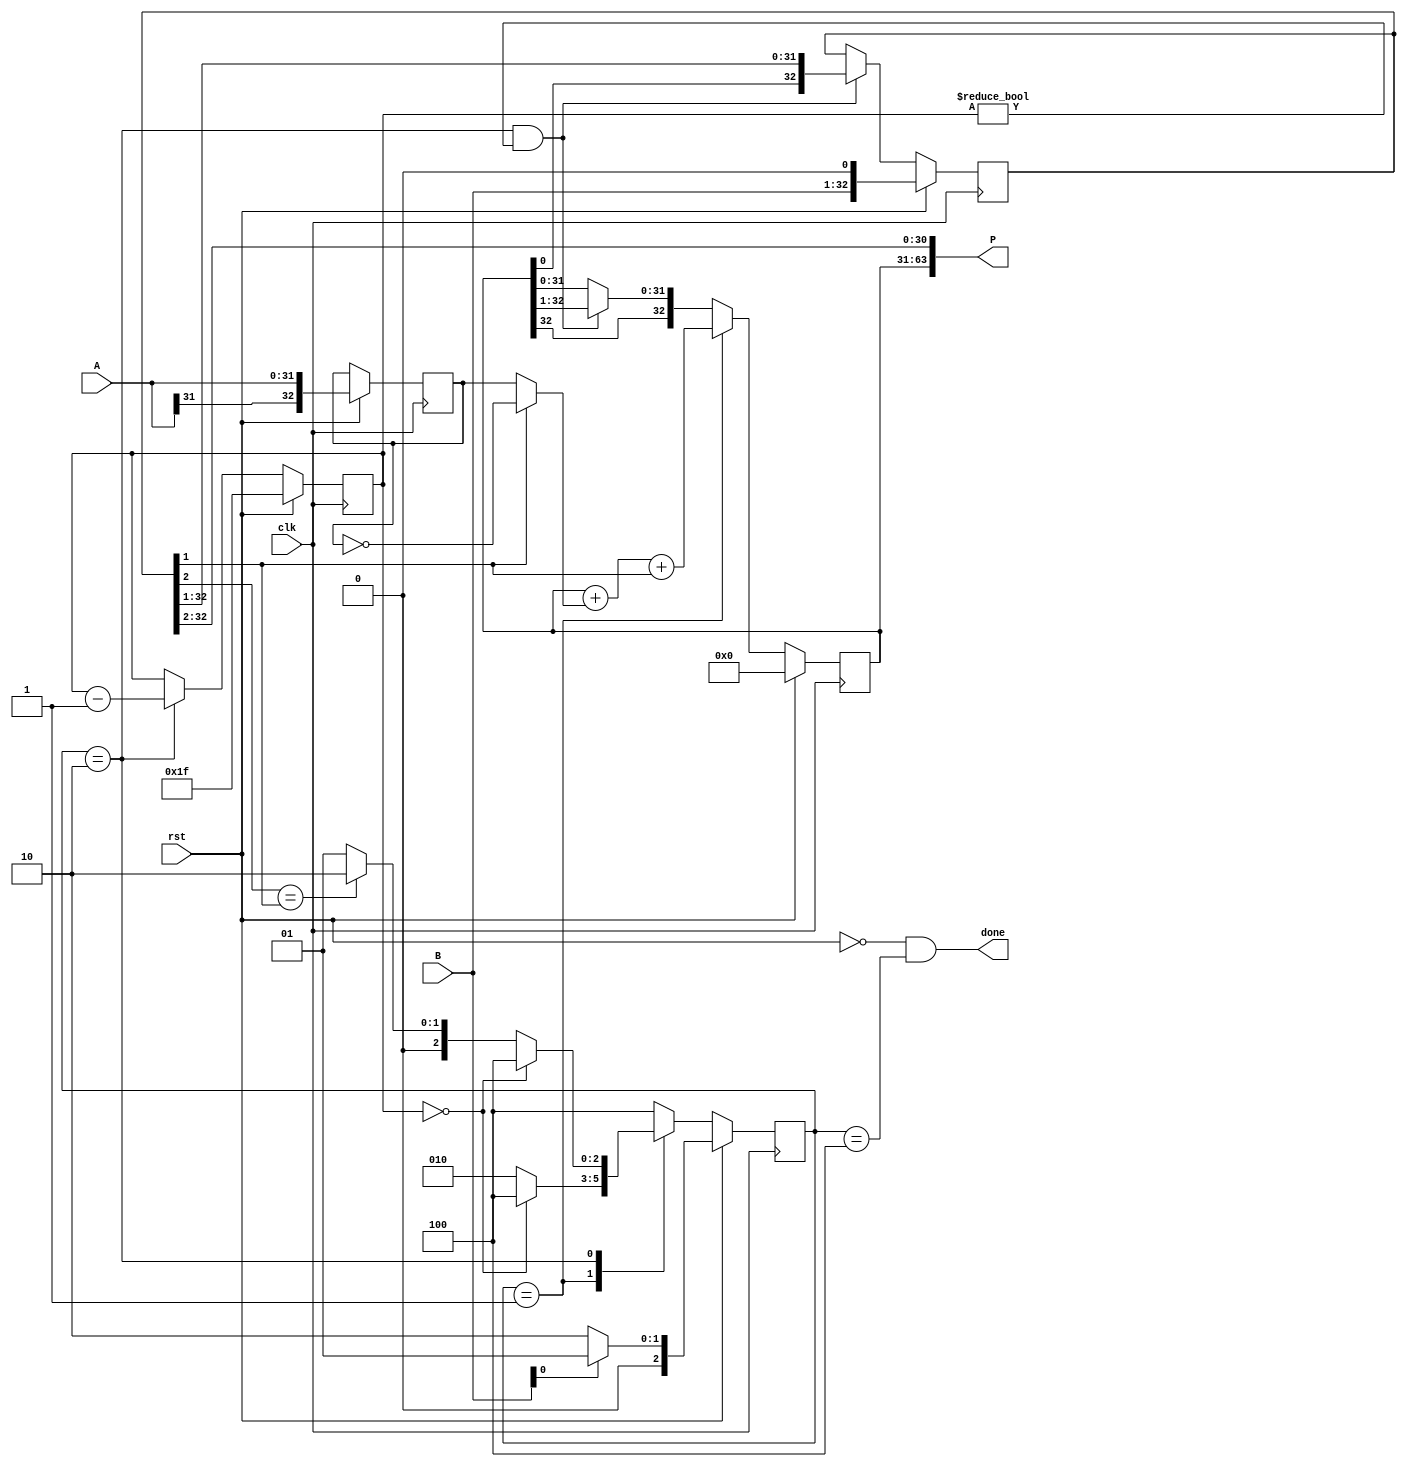
/* Data with, not including signal bit */
`define DATA_WIDTH 31

module multiplier(
	input [`DATA_WIDTH:0] A,
	input [`DATA_WIDTH:0] B,
	output [2 * `DATA_WIDTH + 1:0] P,
	input clk,
	input rst,
	output done
);

	localparam s_ADD = 3'b001,
		s_SFT = 3'b010,
		s_DNE = 3'b100;

	localparam DW = 5'd31,   /* `DATA_WIDTH */
		ZEROy = 5'd0,
		ZEROd = 33'd0;
	reg [4:0] ymr;
	/* counter */

	reg [`DATA_WIDTH + 1:0] ACC, AX, Q;
	/*  ACC:	accumulator;
		AX:	  multiplier A;
		Q:	  multiplier B and result. */

	reg [2:0] current_state, next_state;

	/* FSM: current state */
	always @ (posedge clk) begin
		if (rst)
			if (B[0] == 1'b0)
				current_state <= s_SFT;
			else
				current_state <= s_ADD;
		else
			current_state <= next_state;
	end

	/* FSM: next state */
	always @ (*) begin
		case (current_state)
		s_ADD:
			if (ymr == ZEROy)
				next_state = s_DNE;
			else
				next_state = s_SFT;
		s_SFT:
			if (ymr == ZEROy)
				next_state = s_DNE;
			else if (Q[2] == Q[1])
				next_state = s_SFT;
			else	/* do + or - */
				next_state = s_ADD;
		default:	/* s_DNE */
			next_state = s_DNE;
		endcase
	end

	/* FSM: output */
	/* ymr */
	always @ (posedge clk) begin
		if (rst)
			ymr <= DW;
		else if (current_state == s_SFT) // && ymr == ZEROy
			ymr <= ymr - 1;
	end
	/* AX */
	always @ (posedge clk) begin
		if (rst)
			/* two signal bits */
			AX <= { A[`DATA_WIDTH],A };
	end
	/* ACC */
	always @ (posedge clk) begin
		if (rst)
			ACC <= ZEROd;
		else if (current_state == s_ADD)
			ACC <= ACC + (Q[1] ? ~AX : AX) + Q[1];
		else if (current_state == s_SFT && ymr != ZEROy)
			ACC <= { ACC[`DATA_WIDTH + 1],ACC[`DATA_WIDTH + 1:1] };
	end
	/* Q */
	always @ (posedge clk) begin
		if (rst)
			Q <= { B,1'd0 };
		else if (current_state == s_SFT && ymr != ZEROy)
			Q <= { ACC[0],Q[`DATA_WIDTH + 1:1] };
	end
	/* other */
	assign done = !rst && (current_state == s_DNE);
	assign P = { ACC,Q[`DATA_WIDTH + 1:2] };

endmodule